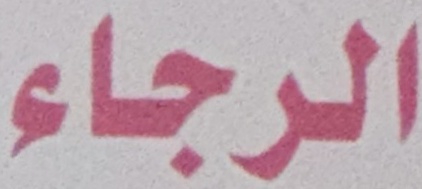
الرجاء